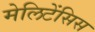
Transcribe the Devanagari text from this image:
मेलिटेंसिस